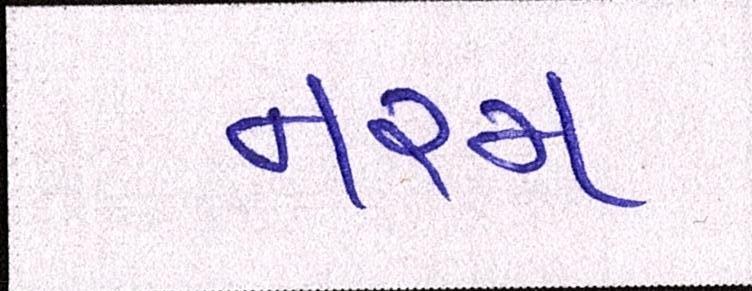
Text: નરમ